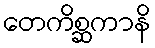
တေကိစ္ဆကာနိ